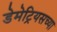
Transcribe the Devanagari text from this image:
डेमेट्रियसच्या